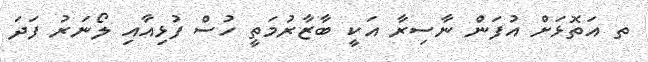
ތ އަތޮޅަށް އުފަން ނާސިރާ އަކީ ބާޒާރުމަތީ ހުސް ފުޅިއާއި ލޯނަރު ފަދަ